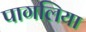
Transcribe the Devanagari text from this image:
पागलिया